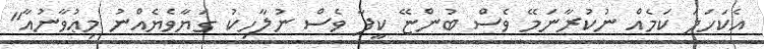
އެކަހަލަ ކަމެއް ނުކުރާނަމޭ ވެސް ބުންޏޭ ކީފާ ވެސް ނުލާހިކު ގަޔާވެޔެއްނު މިޢުވާނުއާ"